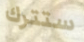
ستترك